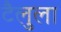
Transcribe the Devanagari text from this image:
टैलुला